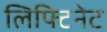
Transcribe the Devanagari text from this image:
लिफ्टिनेट